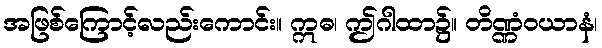
အဖြစ်ကြောင့်လည်းကောင်း။ ဣဓ၊ ဤဂါထာ၌။ တိဏ္ဏံဝယာနံ၊